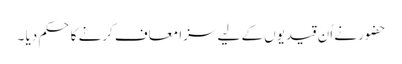
حضور نے اُن قیدیوں کے لیے سزا معاف کرنے کا حکم دیا ۔